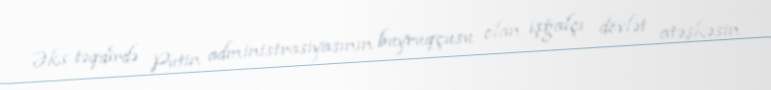
Əks təqdirdə Putin administrasiyasının buyruqçusu olan işğalçı dövlət atəşkəsin